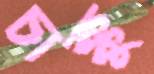
চাক্কু